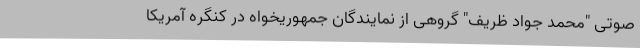
صوتی "محمد جواد ظریف" گروهی از نمایندگان جمهوریخواه در کنگره آمریکا